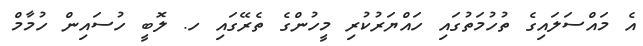
އެ މައްސަލައިގެ ތުހުމަތުގައި ހައްޔަރުކުރި މީހުންގެ ތެރޭގައި ހ. ލޮބީ ހުސައިން ހުމާމް